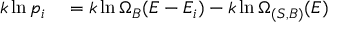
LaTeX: \begin{array} { r l } { k \ln p _ { i } } & { { } = k \ln \Omega _ { B } ( E - E _ { i } ) - k \ln \Omega _ { ( S , B ) } ( E ) } \end{array}